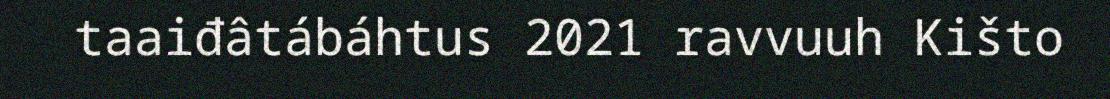
taaiđâtábáhtus 2021 ravvuuh Kišto